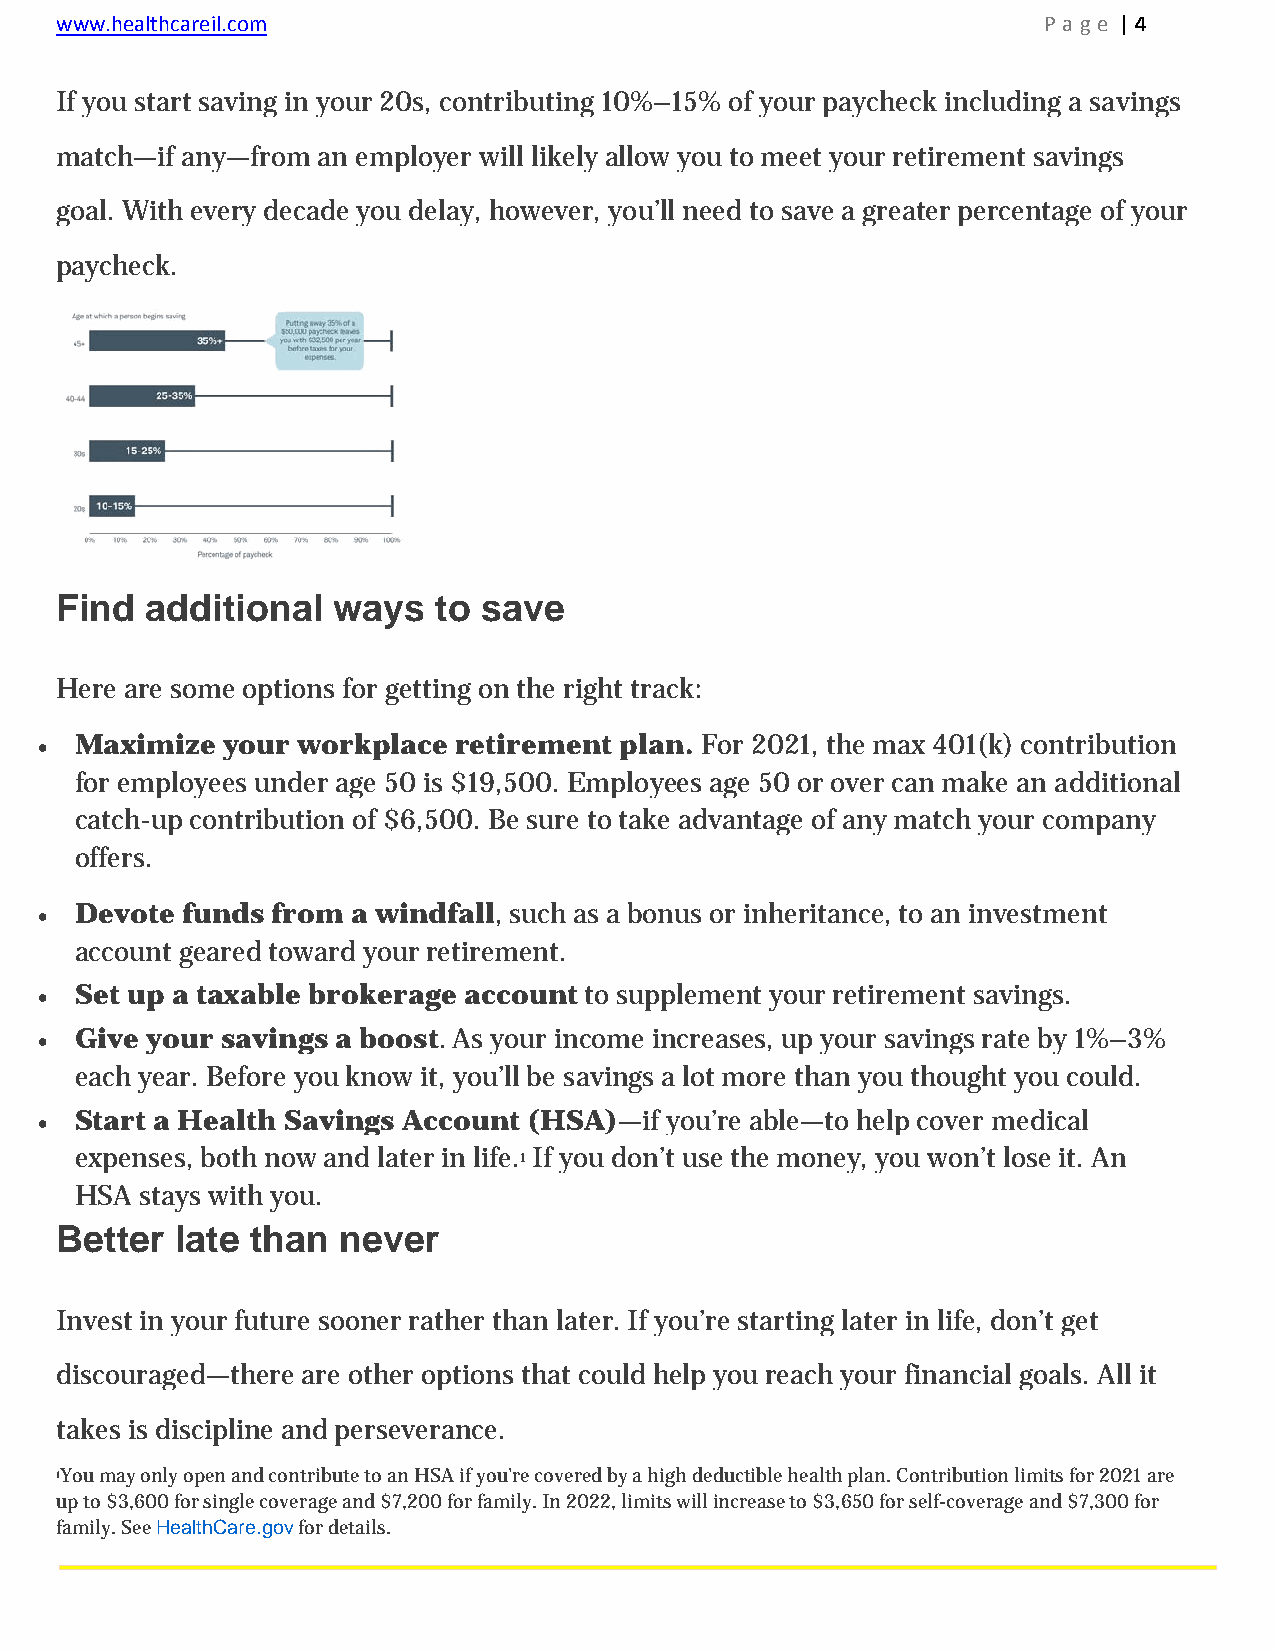
www.healthcareil.com                                             P a g e | 4
 If you start saving in your 20s, contributing 10%–15% of your paycheck including a savings
 match—if any—from an employer will likely allow you to meet your retirement savings
 goal. With every decade you delay, however, you’ll need to save a greater percentage of your
 paycheck.
 Find  additional  ways   to save
 Here are some options for getting on the right track:
   Maximize  your workplace retirement plan. For 2021, the max 401(k) contribution
 for employees under age 50 is $19,500. Employees age 50 or over can make an additional
 catch-up contribution of $6,500. Be sure to take advantage of any match your company
 offers.
   Devote funds from a windfall, such as a bonus or inheritance, to an investment
 account geared toward your retirement.
   Set up a taxable brokerage account to supplement your retirement savings.
   Give your savings a boost. As your income increases, up your savings rate by 1%–3%
 each year. Before you know it, you’ll be savings a lot more than you thought you could.
   Start a Health Savings Account (HSA)—if you’re able—to help cover medical
 expenses, both now and later in life.1 If you don’t use the money, you won’t lose it. An
 HSA stays with you.
 Better  late than never
 Invest in your future sooner rather than later. If you’re starting later in life, don’t get
 discouraged—there are other options that could help you reach your financial goals. All it
 takes is discipline and perseverance.
 1You may only open and contribute to an HSA if you’re covered by a high deductible health plan. Contribution limits for 2021 are
 up to $3,600 for single coverage and $7,200 for family. In 2022, limits will increase to $3,650 for self-coverage and $7,300 for
 family. See HealthCare.gov for details.